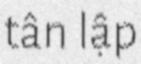
tân lập